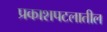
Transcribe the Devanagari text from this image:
प्रकाशपटलातील